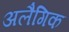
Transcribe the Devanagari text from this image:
अलैगिक